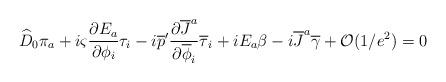
LaTeX: \begin{align*}\widehat{D}_0 \pi_a + i\varsigma{{\partial E_a}\over{\partial\phi_i}} \tau_i-i \overline{p}'{{\partial\overline{J}^a}\over{\partial\overline{\phi}_i}}\overline{\tau}_i+iE_a \beta-i \overline{J}^a \overline{\gamma} +{\cal O}(1/e^2)=0\end{align*}